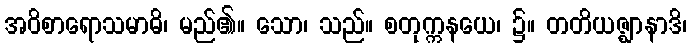
အဝိစာရောသမာဓိ၊ မည်၏။ သော၊ သည်။ စတုက္ကနယေ၊ ၌။ တတိယဇ္ဈာနာဒိ၊